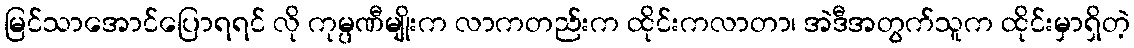
မြင်သာအောင်ပြောရရင် လို ကုမ္ပဏီမျိုးက လာကတည်းက ထိုင်းကလာတာ၊ အဲဒီအတွက်သူက ထိုင်းမှာရှိတဲ့